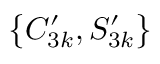
\big \{ C _ { 3 k } ^ { \prime } , S _ { 3 k } ^ { \prime } \big \}